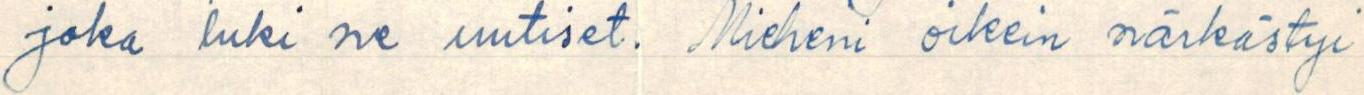
joka luki ne uutiset. Mieheni oikein närkästyi